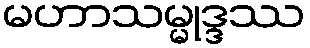
မဟာသမ္မုဒ္ဒဿ